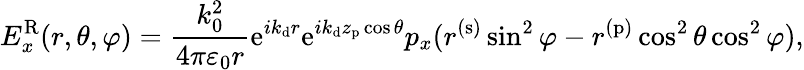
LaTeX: E_{x}^{\mathrm{R}}(r,\theta,\varphi)=\frac{k_{0}^{2}}{4\pi\varepsilon_{0}r}\mathrm{e}^{ik_{\mathrm{d}}r}\mathrm{e}^{ik_{\mathrm{d}}z_{\mathrm{p}}\cos\theta}p_{x}(r^{(\mathrm{s})}\sin^{2}\varphi-r^{(\mathrm{p})}\cos^{2}\theta\cos^{2}\varphi),